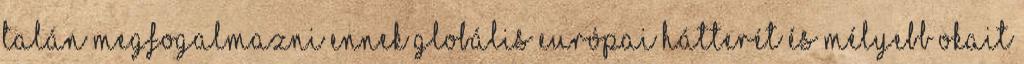
talán megfogalmazni ennek globális európai hátterét és mélyebb okait